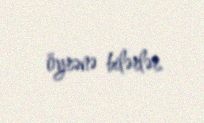
öyrənə bilərlər.